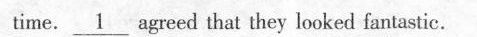
time. _1__ agreed that they looked fantastic.